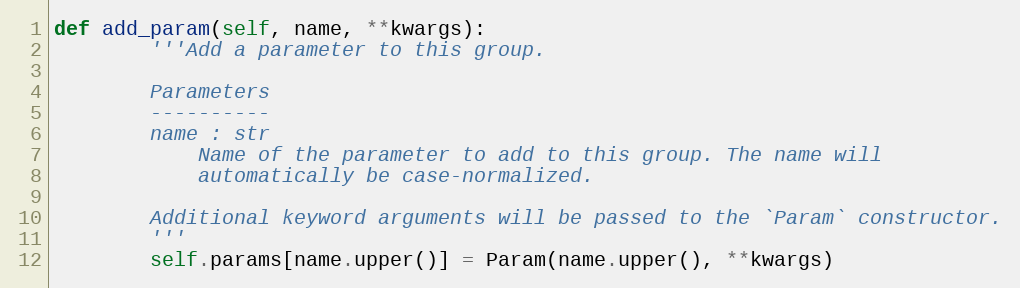
Language: Python
def add_param(self, name, **kwargs):
        '''Add a parameter to this group.

        Parameters
        ----------
        name : str
            Name of the parameter to add to this group. The name will
            automatically be case-normalized.

        Additional keyword arguments will be passed to the `Param` constructor.
        '''
        self.params[name.upper()] = Param(name.upper(), **kwargs)